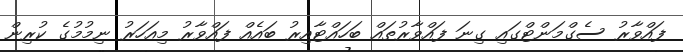
ފައްވާރު ސެގްމަންޓްގައި ގިނަ ފައްވާރުތައް ބަހައްޓާއިރު ބައެއް ފައްވާރު މިއަހަރު ނިމުމުގެ ކުރިން